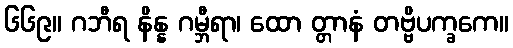
၆၆၉။ ဂဘီရ နိန္န ဂမ္ဘီရာ၊ ထော တ္တာနံ တဗ္ဗိပက္ခကေ။